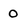
Character: o